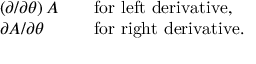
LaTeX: \begin{array} { l l l } { { \displaystyle \left( \partial / \partial \theta \right) A } } & { { } } & { { \mathrm { f o r \ l e f t \ d e r i v a t i v e } , } } \\ { { \displaystyle \partial A / \partial \theta } } & { { } } & { { \mathrm { f o r \ r i g h t \ d e r i v a t i v e } . } } \end{array}